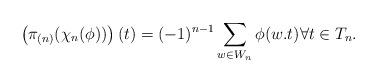
LaTeX: \begin{align*} \left( \pi_{(n)} (\chi_n(\phi)) \right) (t) = (-1)^{n-1} \sum_{w \in W_n} \phi(w.t) \forall t \in T_n. \end{align*}